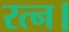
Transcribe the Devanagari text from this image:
रत्न।